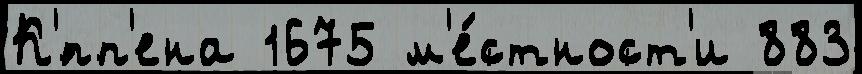
К'́пп'ена 1675 м'е́стност'и 883